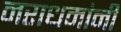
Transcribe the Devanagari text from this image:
नराधमांनी